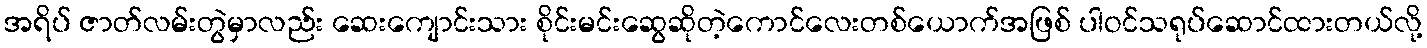
အရိပ် ဇာတ်လမ်းတွဲမှာလည်း ဆေးကျောင်းသား စိုင်းမင်းဆွေဆိုတဲ့ကောင်လေးတစ်ယောက်အဖြစ် ပါဝင်သရုပ်ဆောင်ထားတယ်လို့